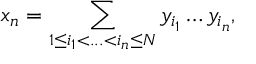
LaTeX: x _ { n } = \sum _ { 1 \leq i _ { 1 } < . . . < i _ { n } \leq N } y _ { i _ { 1 } } \dots y _ { i _ { n } } ,